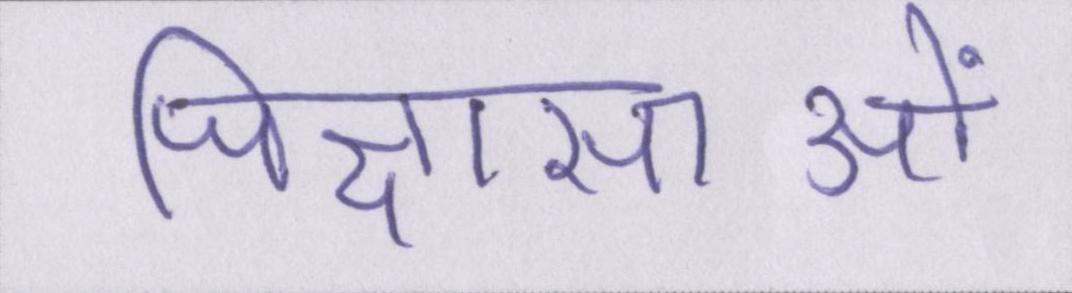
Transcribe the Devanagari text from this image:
जिज्ञासाओं